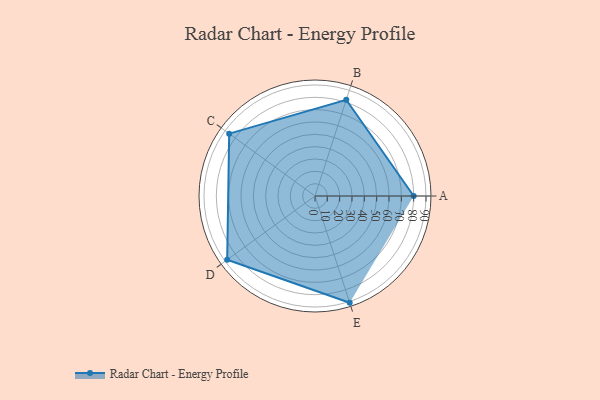
{"axis": {"x": "Skill", "y": "Score"}, "legend": ["Profile"], "data": [{"x": "A", "y": 80.0, "type": "Profile"}, {"x": "B", "y": 82.0, "type": "Profile"}, {"x": "C", "y": 86.0, "type": "Profile"}, {"x": "D", "y": 88.0, "type": "Profile"}, {"x": "E", "y": 91.0, "type": "Profile"}]}